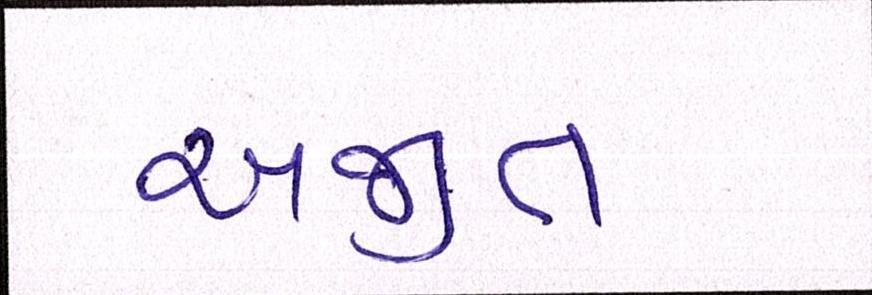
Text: અજીત